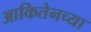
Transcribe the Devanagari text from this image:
आकितेनच्या